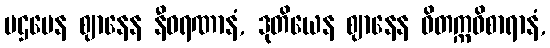
ပဌမေန ဈာနေန နီဝရဏာနံ, ဒုတိယေန ဈာနေန ဝိတက္ကဝိစာရာနံ,